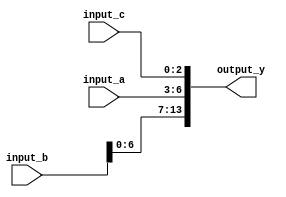
module concat_example (
    input wire [3:0] input_a,   // 4-bit input
    input wire [7:0] input_b,   // 8-bit input
    input wire [2:0] input_c,   // 3-bit input
    output wire [13:0] output_y  // Output signal (4 + 8 + 3 = 15 bits)
);

// Continuous assignment using concatenation
assign output_y = {input_b, input_a, input_c}; // Concatenate input_b, input_a, and input_c

endmodule